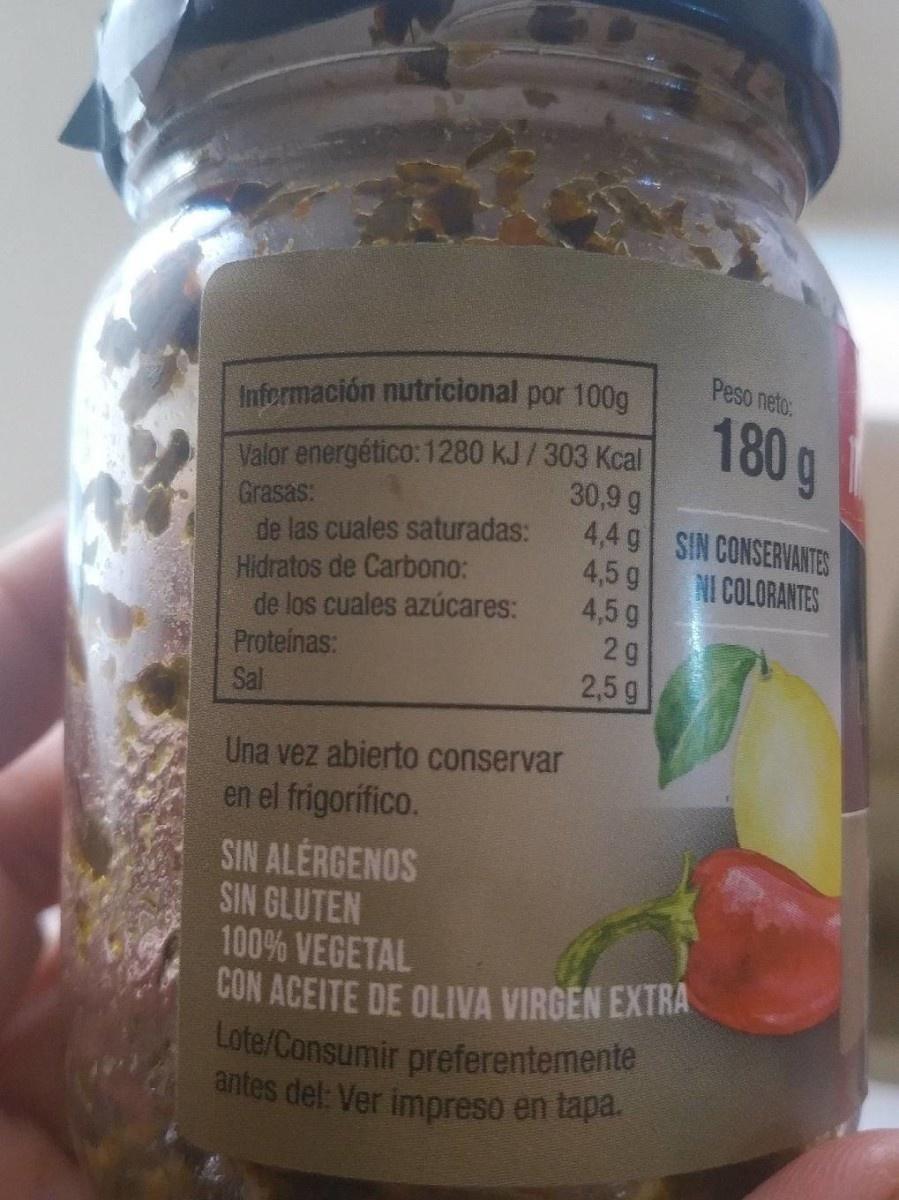
Peso neto:
Información nutricional por 100g
180 g
Valor energético: 1280 kJ/303 Kcal
Grasas: de las cuales saturadas: Hidratos de Carbono: de los cuales azúcares: Proteinas: Sal
30,9 g 4,4 g 4,5 g 4,5 g 29 2,5g
SIN CONSERVANTES NI COLORANTES
Una vez abierto conservar en el frigorífico. SIN ALÉRGENOS SIN GLUTEN 100% VEGETAL CON ACEITE DE OLIVA VIRGEN EXTRA Lote/Consumir preferentemente antes del: Ver impreso en tapa.